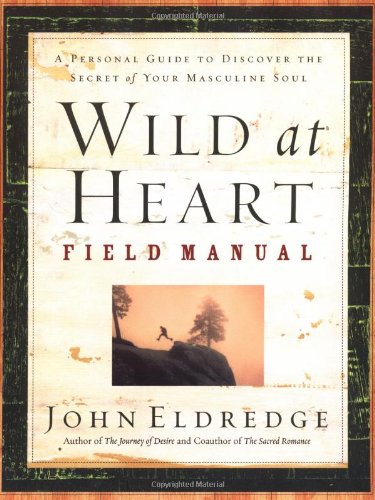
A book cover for Wild at Heart Field Manual: A Personal Guide to Discover the Secret of Your Masculine Soul; John Eldredge; Christian Books & Bibles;